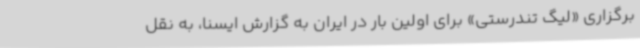
برگزاری «لیگ تندرستی» برای اولین بار در ایران به گزارش ایسنا، به نقل